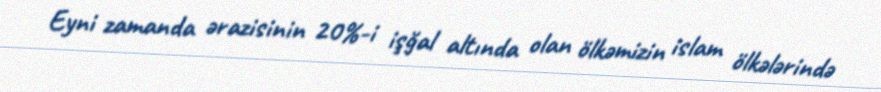
Eyni zamanda ərazisinin 20%-i işğal altında olan ölkəmizin islam ölkələrində